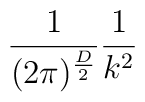
\frac{1}{(2\pi )^{\frac{D}{2}}}\frac{1}{k^{2}}